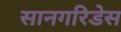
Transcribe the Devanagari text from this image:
सानगरिडेस